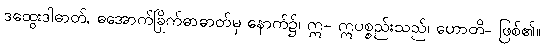
ဒထွေးဒါဓာတ်, ဓအောက်ခြိုက်ဓာဓာတ်မှ နောက်၌၊ ဣ- ဣပစ္စည်းသည်၊ ဟောတိ- ဖြစ်၏။